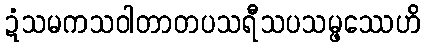
ဍံသမကသဝါတာတပသရီသပသမ္ဖဿေဟိ